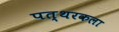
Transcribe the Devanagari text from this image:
पत्थरकला